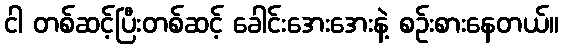
ငါ တစ်ဆင့်ပြီးတစ်ဆင့် ခေါင်းအေးအေးနဲ့ စဉ်းစားနေတယ်။